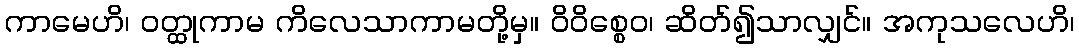
ကာမေဟိ၊ ဝတ္ထုကာမ ကိလေသာကာမတို့မှ။ ဝိဝိစ္စေဝ၊ ဆိတ်၍သာလျှင်။ အကုသလေဟိ၊